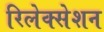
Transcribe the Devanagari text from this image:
रिलेक्सेशन